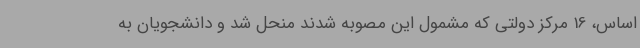
اساس، 16 مرکز دولتی که مشمول این مصوبه شدند منحل شد و دانشجویان به